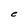
Character: C